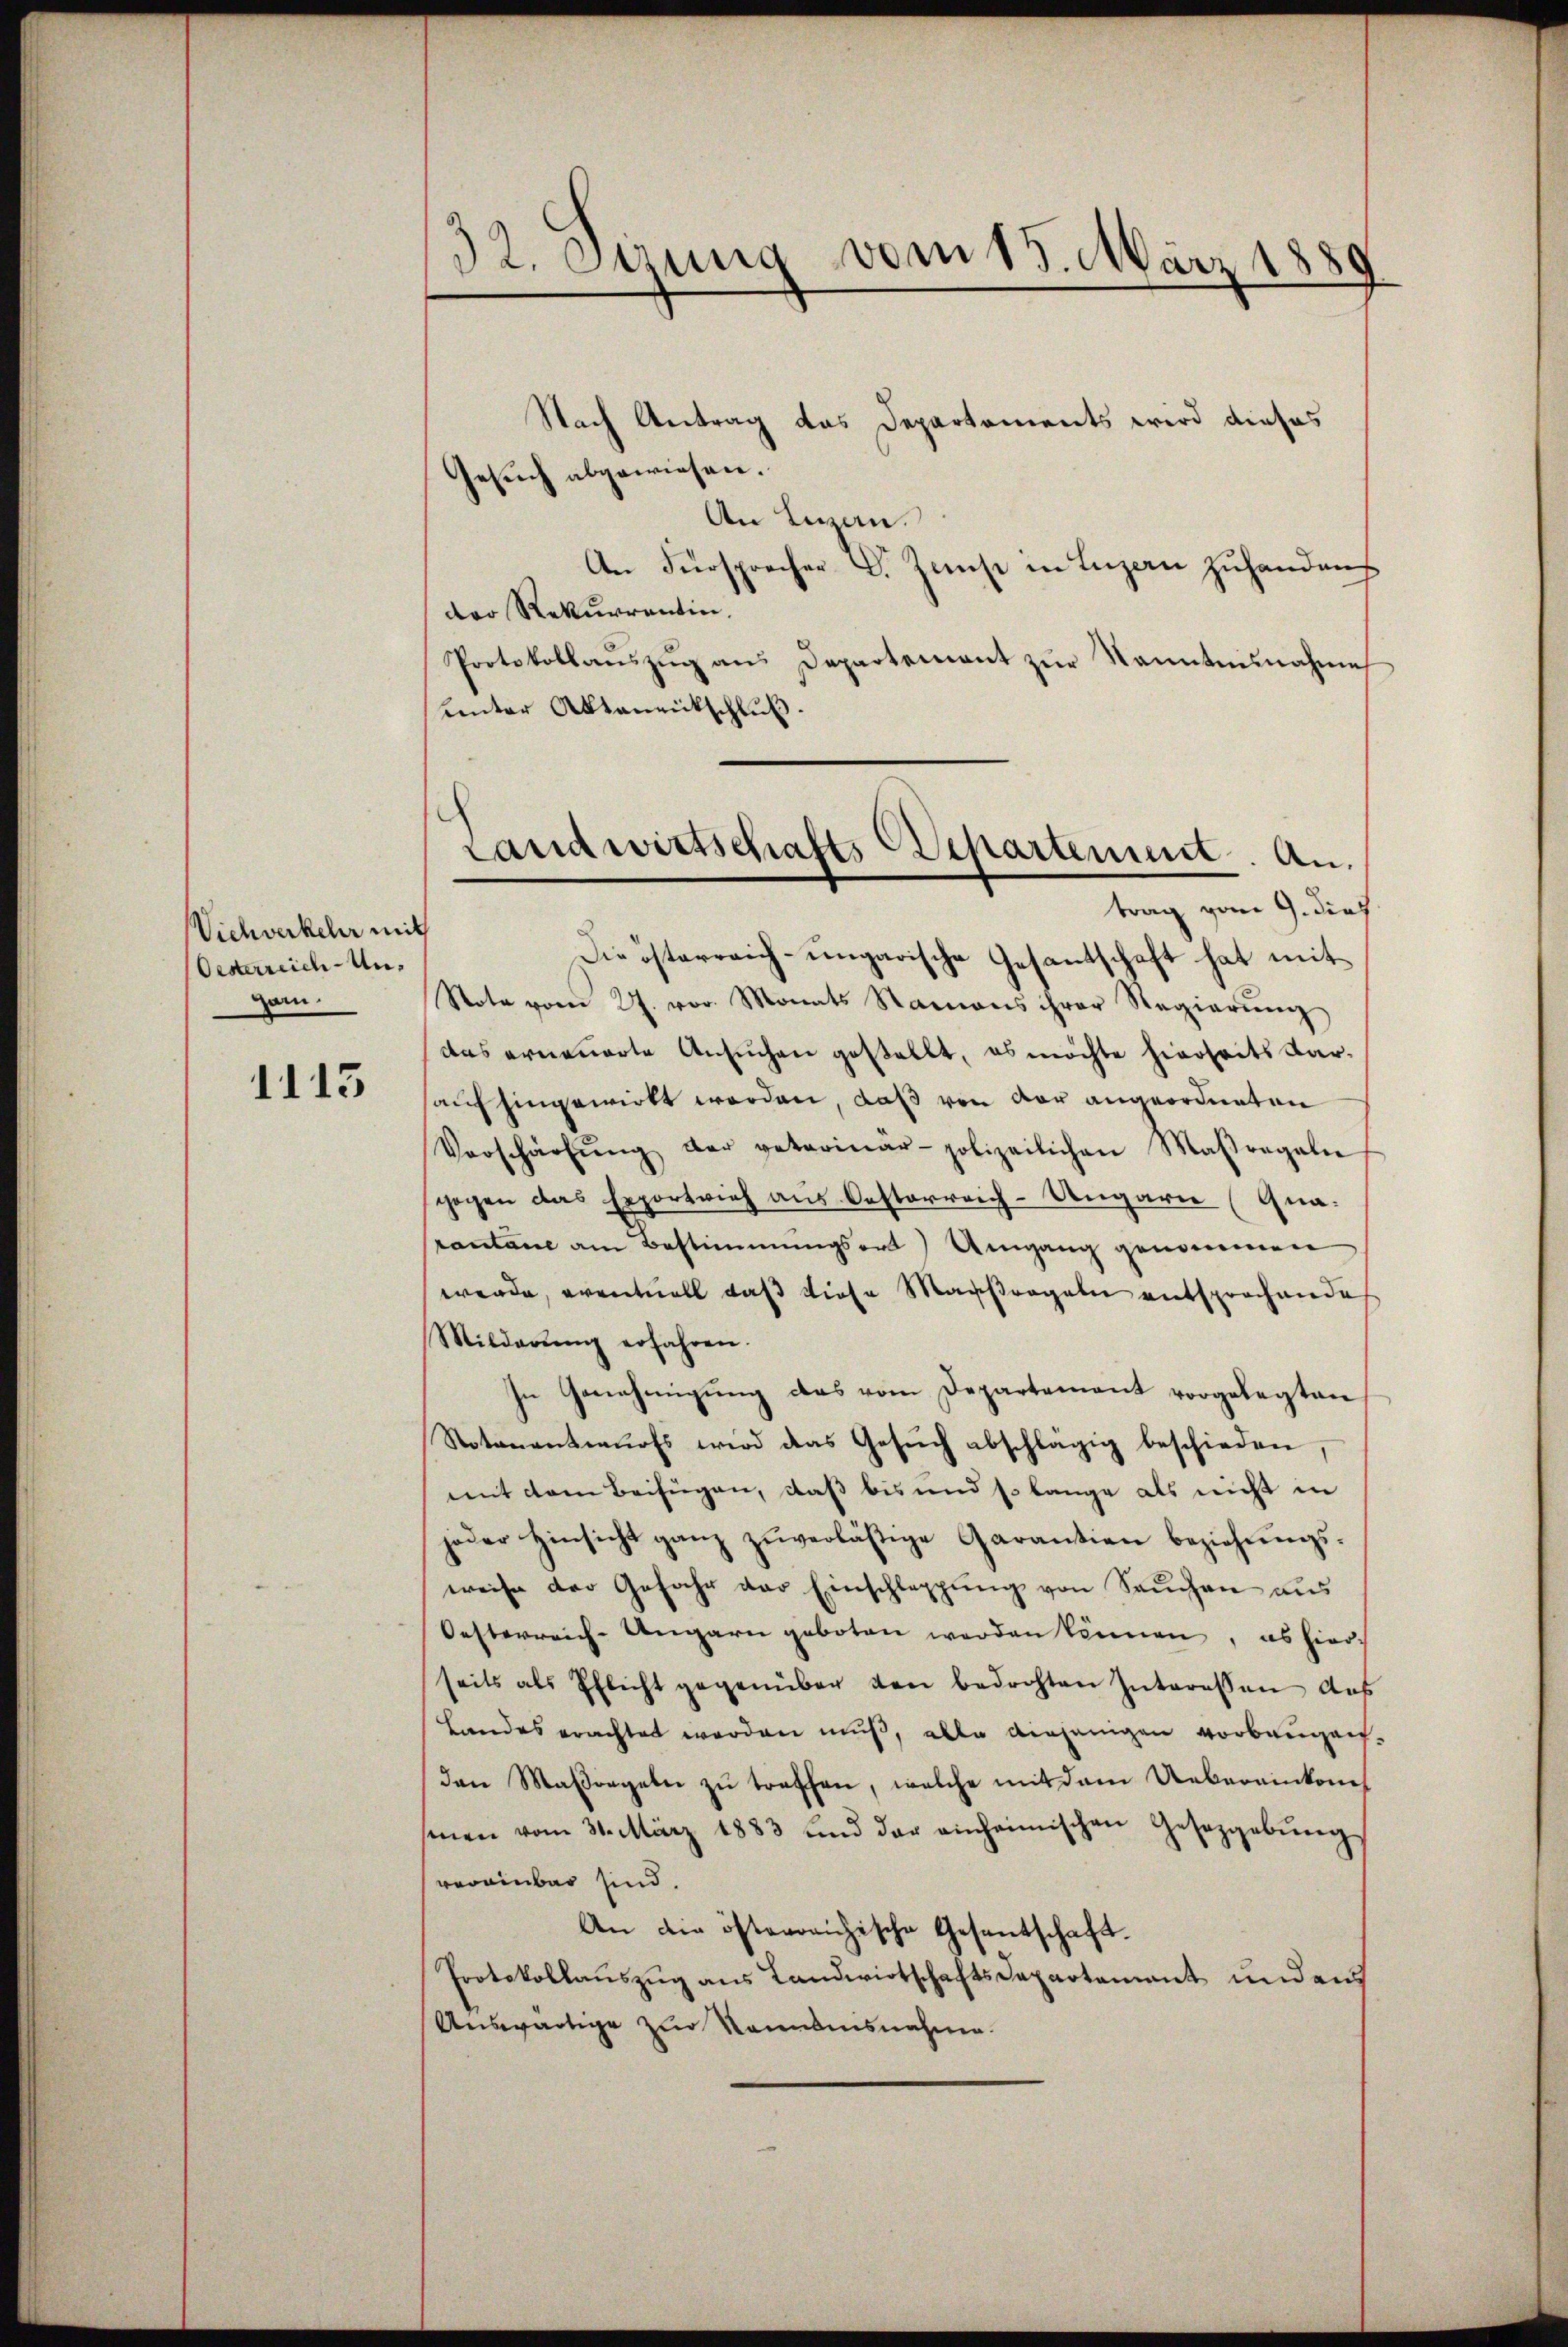
Vichverkehr mit
Oesterreich-Ungarn.

1115

32. Btzung vom 15. März 1880

Nach Antrag das Departements wird dieses
Gesuch abgewiesen.
An Lizan.
An Fürsprecher Dr. Zunst in Luzern zuhanden
der Rekurrentin.
Protokollaŭszŭg ans Departement zŭr Nanntennahme
unter Aktenritschluß.
Die österreich-ungarische Gesantschaft hat mit
Note vom 27. vor. Monats Namens ihrer Regierŭng
das erneuerte Ansuchen gestellt, es möchte hierseits dar-
auf hingewirkt worden, daß von vor angeordneten
Vorschärfŭng der veterinär-polizeilichen Maßregeln
gogen das Exportvieh aus Oesterreich-Ungarn (Gnarantane am Bestimmungsort) Umgang genommen
werde, eventuell daß diese Maaßregeln entsprochende
Milderŭng erfahren.
In Genehmigŭng das vom Departement vorgelegten
Notarantwurfs wird das Gesŭch abschlägig beschieden
mit dem Beifügen, daß bis und so lange als nicht in
jeder Hinsicht ganz zŭverlästige Garantien beziehŭngs-
weise der Gefahr der Einschlappŭng von Saŭchen aŭs
Oesterreich-Ungarn geboten werden können, es hier-
seits als Pflicht gegenüber den bedrohten Interessen aus
Landes erachtet werden muß, alle diejenigen Vorbaugenden Maßregeln zu treffen, welche mit dem Uebereinkons
senen vom 31. März 1883 und der einheimischen Gesetzgebŭng
vereinbar sind.
An die österreichische Gesantschaft.
Protokollaŭszŭg ans Landwirtschaftsdepartement und ans
Auswärtige zur Kenntnisnahme.

Landwirtschafts Departement. Antrag vom 9. dies